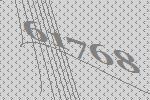
61768